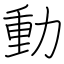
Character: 動